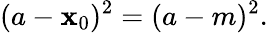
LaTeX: (a-\mathbf{x}_{0})^{2}=(a-m)^{2}.